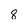
Character: 8